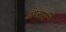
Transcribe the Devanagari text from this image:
डौलानं